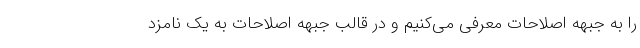
را به جبهه اصلاحات معرفی می‌کنیم و در قالب جبهه اصلاحات به یک نامزد